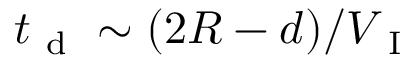
t _ { \mathrm { ~ d ~ } } \sim ( 2 R - d ) / V _ { \mathrm { ~ I ~ } }